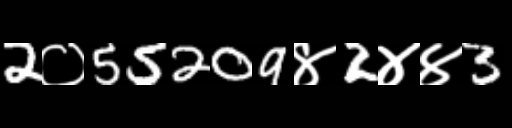
Text: 2०55209४2४४3